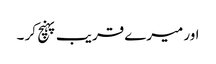
اور میرے قریب پہنچ کر ۔